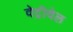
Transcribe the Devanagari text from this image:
वेट्रीवेल